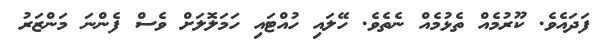
ފަދައެެވެ. ކޫރުމެއް ތެޅުމެއް ނެެތެވެ. ހޭލައި ހުއްޓައި ހަމަލޮލަށް ވެސް ފެންނަ މަންޒަރު